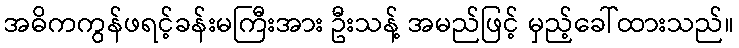
အဓိကကွန်ဖရင့်ခန်းမကြီးအား ဦးသန့် အမည်ဖြင့် မှည့်ခေါ်ထားသည်။